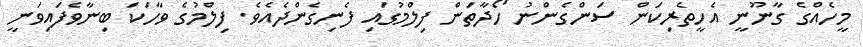
މީހެއްގެ ގާނޫނީ އެހީތެރިކަން ސަންގެންނު ހޯދާތަން ފިލްމުގައި ފެނިގެންދެއެވެ. ފިލްމުގެ ވާހަކަ ބިނާވެފައިވަނީ